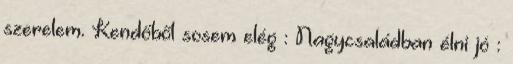
szerelem. Kendőből sosem elég : Nagycsaládban élni jó :